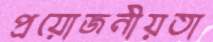
প্রয়োজনীয়তা